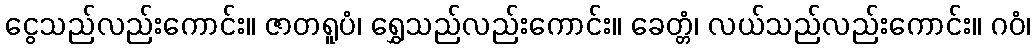
ငွေသည်လည်းကောင်း။ ဇာတရူပံ၊ ရွှေသည်လည်းကောင်း။ ခေတ္တံ၊ လယ်သည်လည်းကောင်း။ ဂဝံ၊